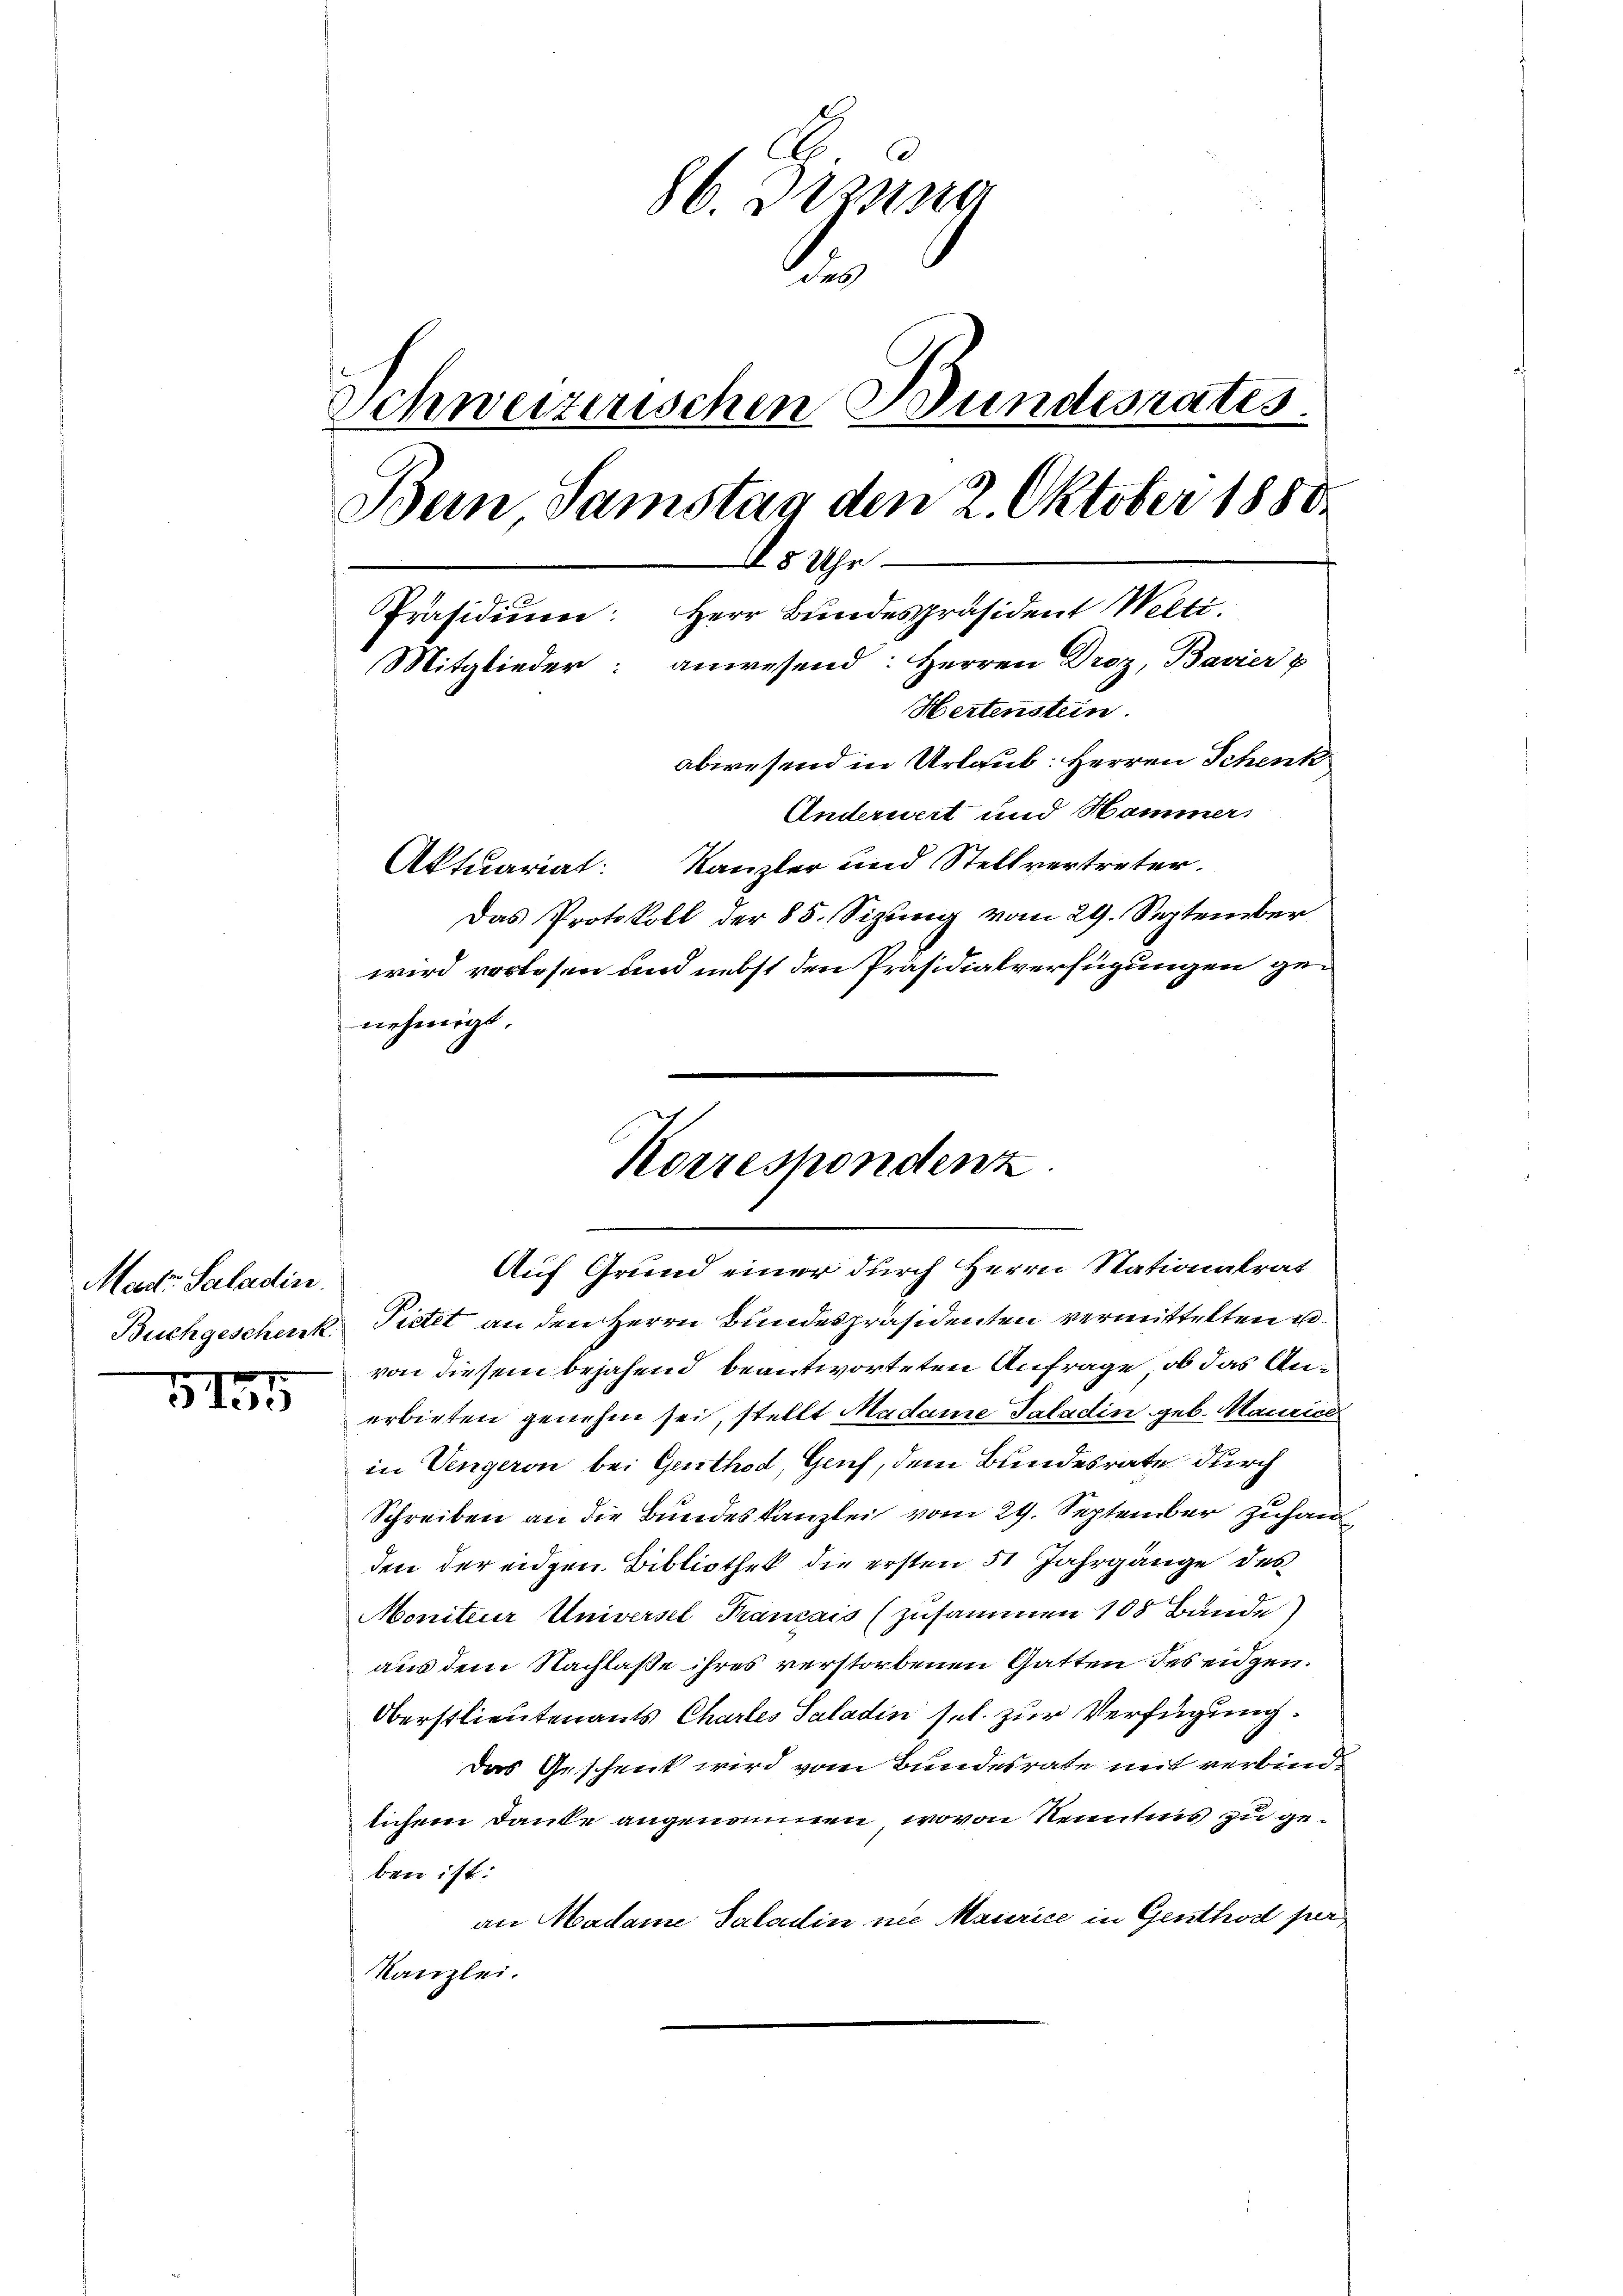
Mad. Saladin.

3455

e
86. Dezung
s
Schweizerischen Bundesrates.
Bein Samstag den 2. Oktober 1880
5 Uhr
Präsidium: Herr Bundespräsident Welti.
Mitglieder: anwesend: Herren Droz, Bavier p
Hertenstein.
abwesend in Urlaub: Herren Schenk
Anderwert und Hammers
Aktuariat: Kanzler und Stellvertreter.
Das Protokoll der 85. Sizung vom 29. September
wird vorlesen und nebst den Präsidialverfügungen genehmigt.

Buchgeschenk. Pietet an den Herrn Bundespräsidenten vermittelten Ervon diesem bejahend beantworteten Anfrage, ob das Anerbieten genehm sei, stellt Madame Saladin geb. Maurice
in Vengeron bei Genthod, Genf, dem Bundesrate durch
Schreiben an die Bundeskanzlei vom 29. September Zuhan
den der eidgen. Bibliothek die ersten 51 Jahrgänge des
Moniteur Universel Krancais (zusammen 108 Bände)
aus dem Nachlasse ihres verstorbenen Gatten des eidgen.
Oberstlieutenants Chartes Saladin sel. zur Verfügung.
Das Geschenk wird vom Bundesrate mit verbindlichem Danke angenommen, wovon Kenntnis zu geben ist:
an Madame Saladin nie Maurice in Genthod per
Kanzlei.

Korrespondenz
Auf Grund einer durch Herrn Stationalrat